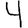
Digit: 4